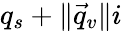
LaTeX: q_{s}+\lVert{\vec{q}}_{v}\rVert i